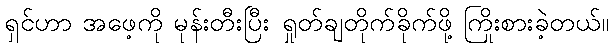
ရှင်ဟာ အဖေ့ကို မုန်းတီးပြီး ရှုတ်ချတိုက်ခိုက်ဖို့ ကြိုးစားခဲ့တယ်။